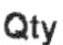
QTY